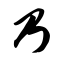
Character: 乃